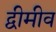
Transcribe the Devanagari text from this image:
द्वीमीव